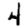
Digit: 4